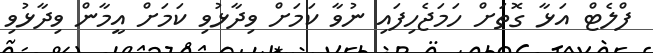
ފްލެޓް އަޅާ ގޮތަށް ހަމަޖެހިފައި ނުވާ ކަމަށް ވިދާޅުވި ކަމަށް އީމާން ވިދާޅުވި